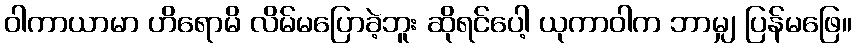
ဝါကာယာမာ ဟိရောမိ လိမ်မပြောခဲ့ဘူး ဆိုရင်ပေါ့ ယုကာဝါက ဘာမျှ ပြန်မဖြေ။